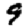
Digit: 9